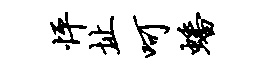
怦址呵蟠